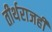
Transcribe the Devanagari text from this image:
तीर्थराजही